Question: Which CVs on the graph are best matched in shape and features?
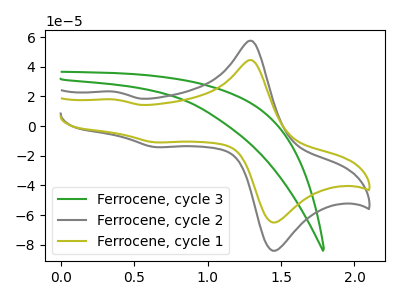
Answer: <think>The green curve "Ferrocene, cycle 3" has no peaks. The gray curve "Ferrocene, cycle 2" has anodic peaks at (1.30V, 57.40uA) (0.35V, 23.20uA) and cathodic peaks at (1.50V, -83.10uA) (0.65V, -14.20uA). The olive curve "Ferrocene, cycle 1" has anodic peaks at (1.30V, 44.35uA) (0.35V, 17.95uA) and cathodic peaks at (1.50V, -64.25uA) (0.65V, -10.95uA).
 "Ferrocene, cycle 3" and "Ferrocene, cycle 2" have a different number of peaks. "Ferrocene, cycle 3" and "Ferrocene, cycle 1" have a different number of peaks. All the peaks in "Ferrocene, cycle 2" have a peak in "Ferrocene, cycle 1" at the same potential. Every peak in "Ferrocene, cycle 2" is higher than every peak in "Ferrocene, cycle 1".</think>
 <answer>"Ferrocene, cycle 2" and "Ferrocene, cycle 1" have the same shape and are likely CV's of the same chemical.</answer>
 <eval>"Ferrocene, cycle 2" "Ferrocene, cycle 1"</eval>